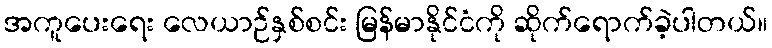
အကူပေးရေး လေယာဉ်နှစ်စင်း မြန်မာနိုင်ငံကို ဆိုက်ရောက်ခဲ့ပါတယ်။